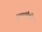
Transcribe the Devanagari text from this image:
पुलांपैकी